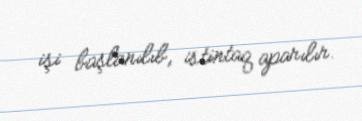
işi başlanılıb, istintaq aparılır.